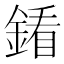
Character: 𨩢